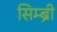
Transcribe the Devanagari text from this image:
सिम्ब्री